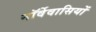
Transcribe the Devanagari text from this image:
नॉर्वेवासियों